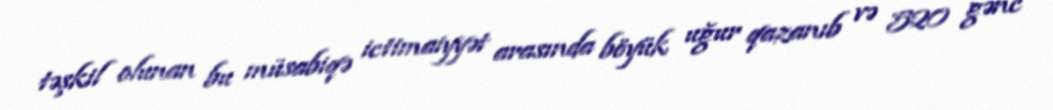
təşkil olunan bu müsabiqə ictimaiyyət arasında böyük uğur qazanıb və 520 gənc